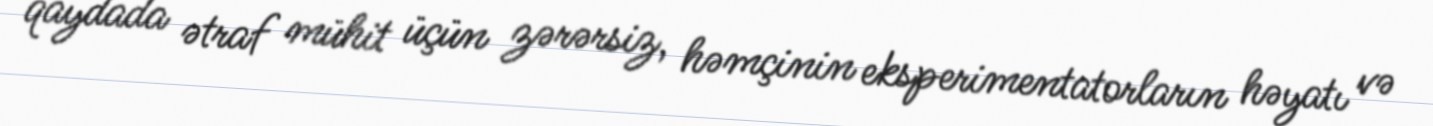
qaydada ətraf mühit üçün zərərsiz, həmçinin eksperimentatorların həyatı və